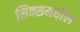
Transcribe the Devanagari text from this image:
सिक्समधील